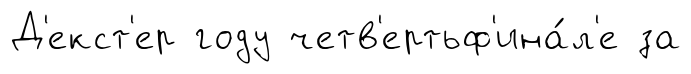
Д'екст'ер году четв'ертьф'ина́л'е за